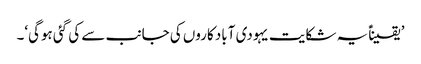
’یقیناًً یہ شکایت یہودی آباد کاروں کی جانب سے کی گئی ہوگی‘۔